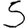
Digit: 5